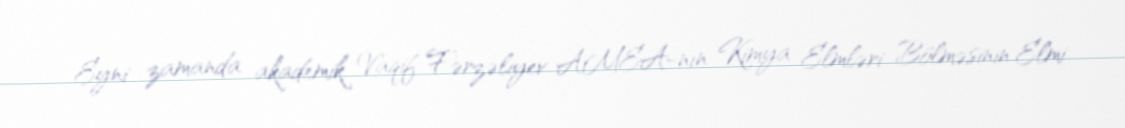
Eyni zamanda akademik Vaqif Fərzəliyev AMEA-nın Kimya Elmləri Bölməsinin Elmi